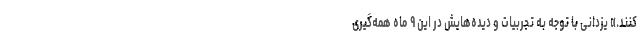
کنند.» یزدانی با توجه به تجربیات و دیده‌هایش در این ۹ ماه همه‌گیری